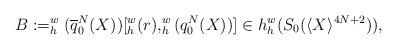
LaTeX: \begin{align*}B:=_h^w (\overline{q}_0^N (X)) [_h^w(r), _h^w (q_0^N (X))]\in h_h^w(S_0(\langle X\rangle^{4N+2})),\end{align*}